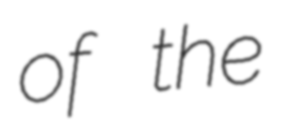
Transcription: of the